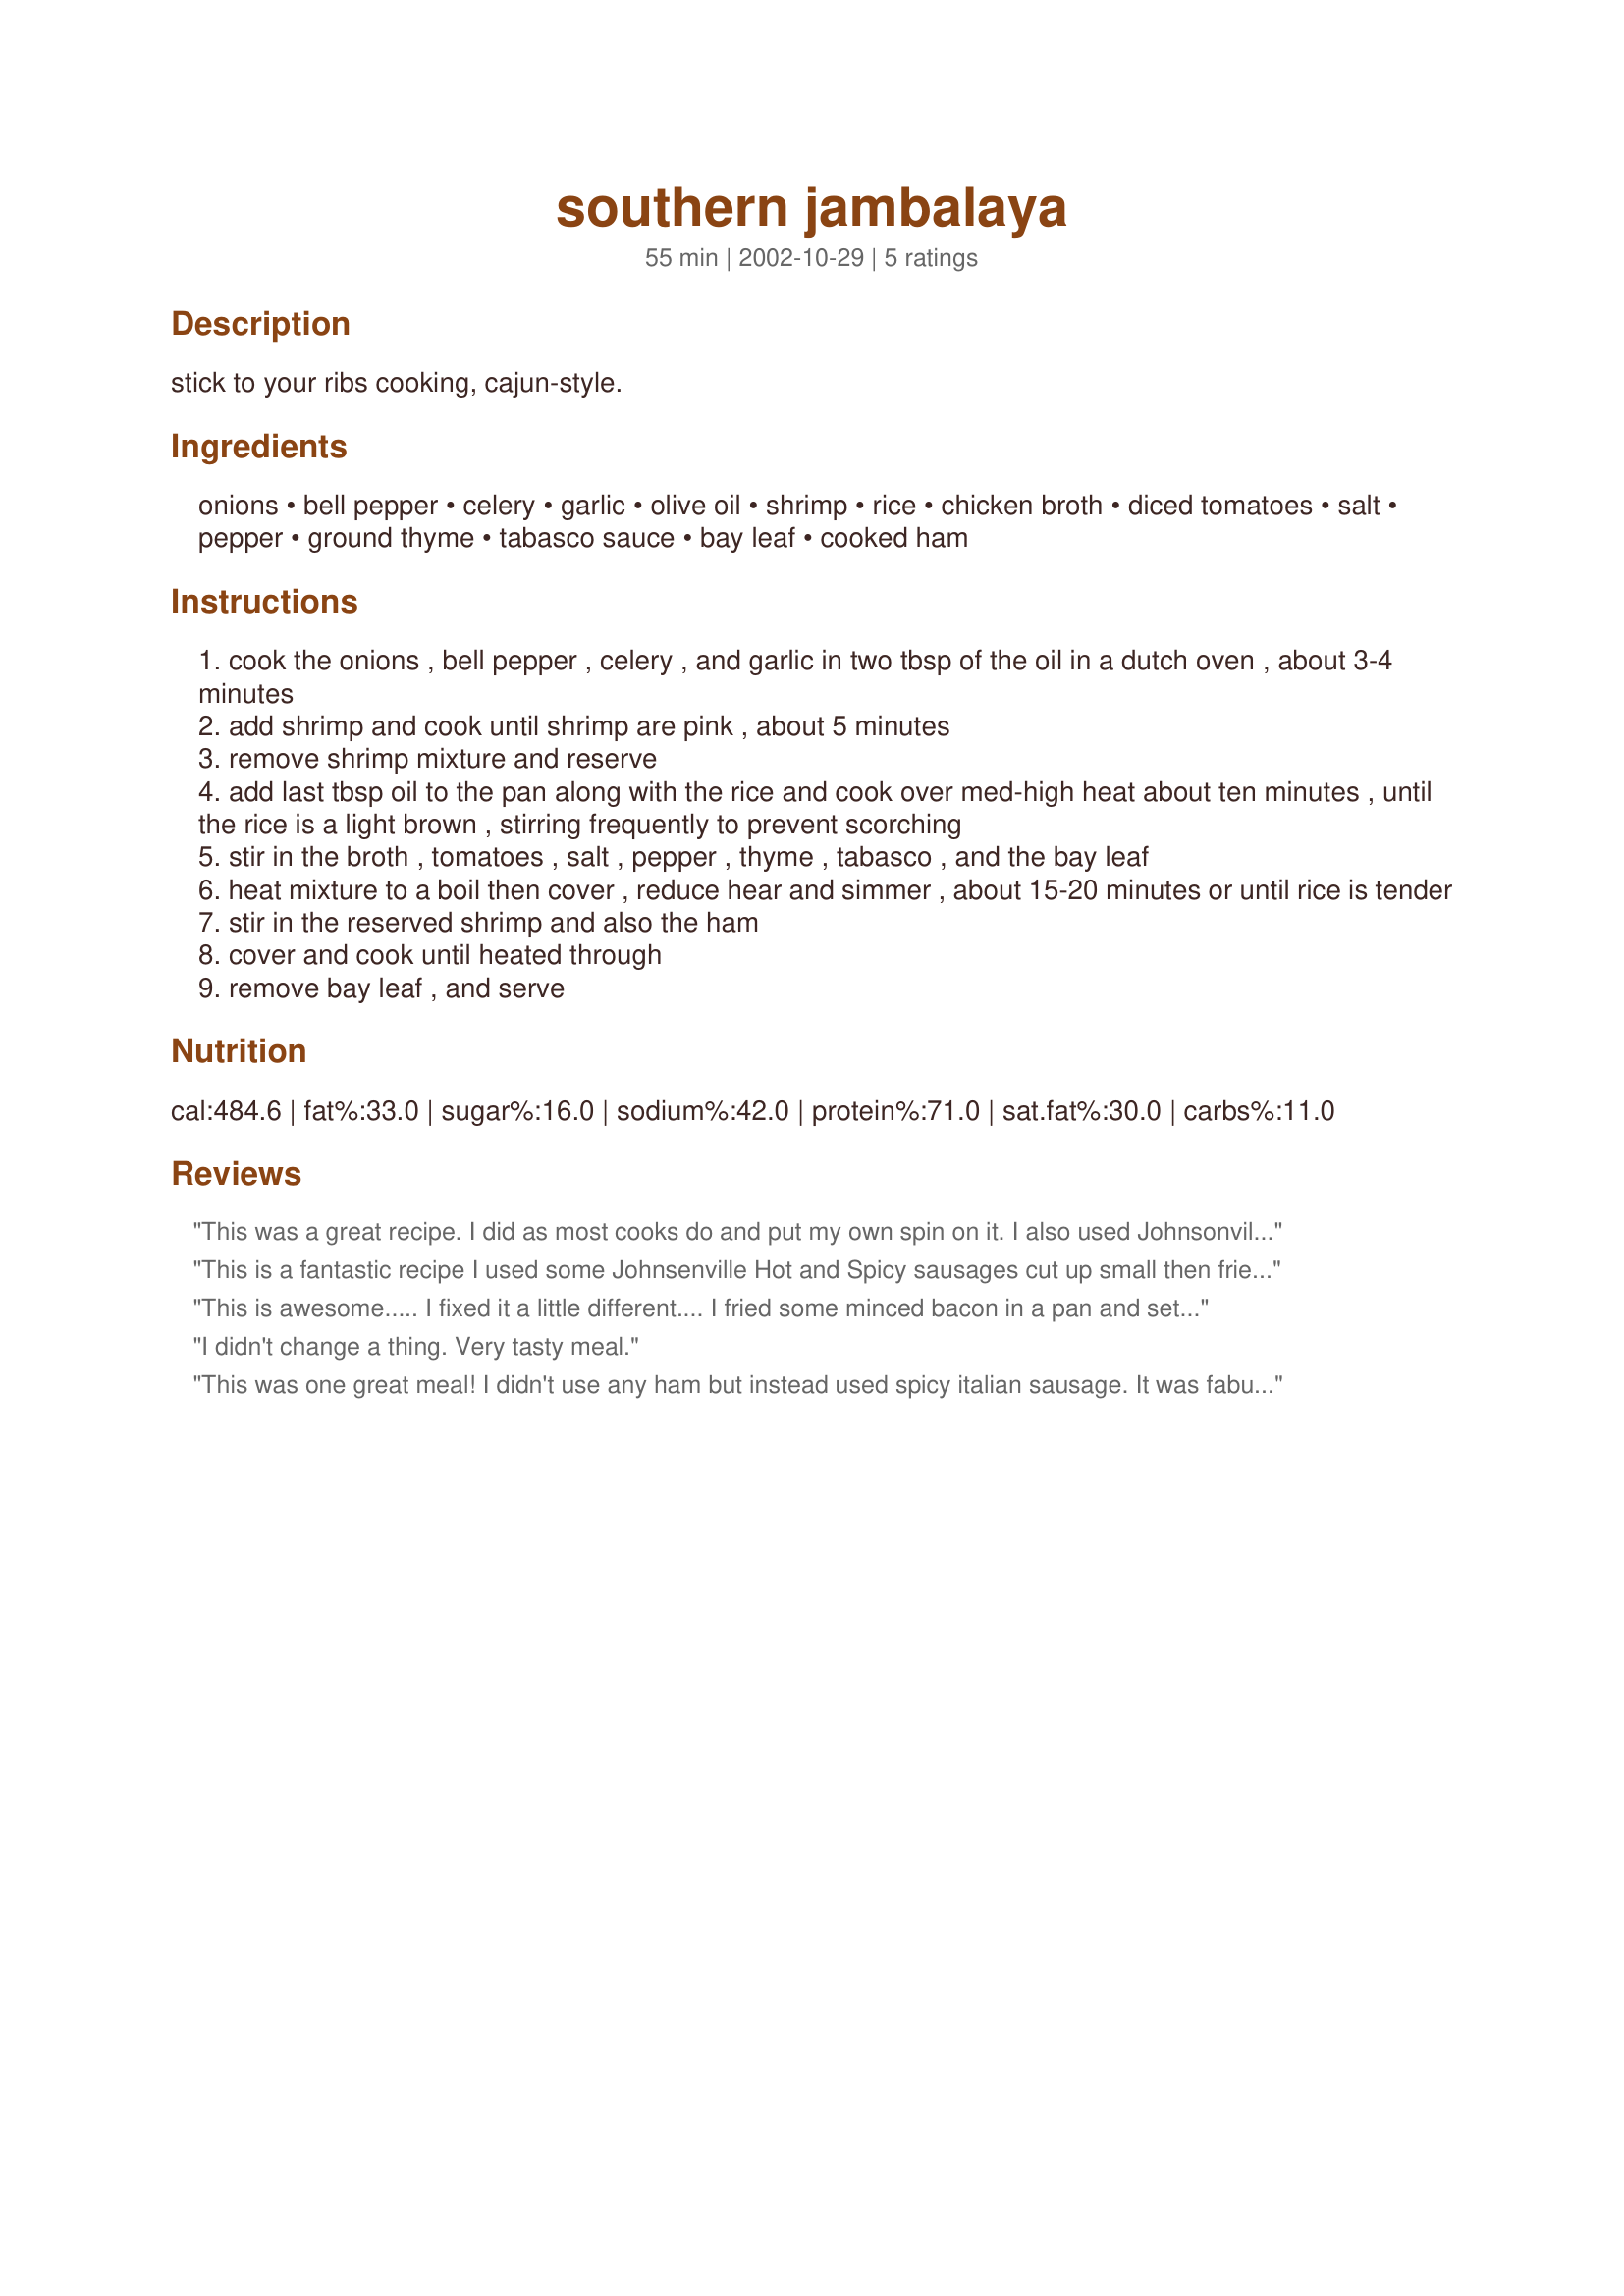
southern jambalaya
Preparation time: 55 minutes

stick to your ribs cooking, cajun-style.

Ingredients:
onions, bell pepper, celery, garlic, olive oil, shrimp, rice, chicken broth, diced tomatoes, salt, pepper, ground thyme, tabasco sauce, bay leaf, cooked ham

Steps:
cook the onions , bell pepper , celery , and garlic in two tbsp of the oil in a dutch oven , about 3-4 minutes
add shrimp and cook until shrimp are pink , about 5 minutes
remove shrimp mixture and reserve
add last tbsp oil to the pan along with the rice and cook over med-high heat about ten minutes , until the rice is a light brown , stirring frequently to prevent scorching
stir in the broth , tomatoes , salt , pepper , thyme , tabasco , and the bay leaf
heat mixture to a boil then cover , reduce hear and simmer , about 15-20 minutes or until rice is tender
stir in the reserved shrimp and also the ham
cover and cook until heated through
remove bay leaf , and serve

Reviews:
This was a great recipe. I did as most cooks do and put my own spin on it. I also used Johnsonville Sausage but chose Mild. Also, I upped the garlic by 6 or 7 as I increased the recipe for a bigger meal/family. I used 2 cups of rice which doubles the water as well. Additionally, I did not use salt and pepper but chose "Old Bay" Seasoning and added 2 tsp. Then I added 3/4 tsp cayenne pepper as the tabasco sauce I used was that of smoke flavor. If you use regular tabasco you may not need the cayenne pepper. Also I used 1 green and 1 yellow pepper. The next time I make it I will probably add Okra!
This is a fantastic recipe I used some Johnsenville Hot and Spicy sausages cut up small then fried, it added a nice flavor through it. I also used cut up prawns and a chicken breast. My husband who is normally fussy about mixing different meats together liked this very much. Will definatly make again.
This is awesome..... I fixed it a little different.... I fried some minced bacon in a pan and set the bacon aside... I then fried the veggies in with the bacon fat.... My DH loves smoked sausage so I also added some of that cut up and cooked it in the bacon grease.... I then sat all of this aside and followed the rest of the directions from step 2 on.... I did leave out the ham.... we added the bacon and the rest of the ingredients that I used in at step 7 with the shrimp.... You could also dice some chicken and cook and add as well..... Enjoy.....
I didn't change a thing. Very tasty meal.
This was one great meal! I didn't use any ham but instead used spicy italian sausage. It was fabulous. Nice spice and wonderful combo of flavors. I will be making this one again for sure!
